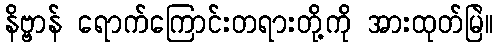
နိဗ္ဗာန် ရောက်ကြောင်းတရားတို့ကို အားထုတ်မြဲ။